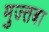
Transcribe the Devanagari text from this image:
मुज्तबा